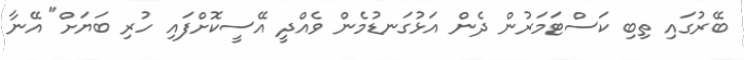
ބޭރުގައި ތިބި ކަސްޓަމަރުން ދެން އަޅުގަނޑުމެން ވެއްދީ އޭސީކޮށްފައި ހުރި ބަޔަށް" އޭނާ